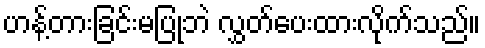
ဟန့်တားခြင်းမပြုဘဲ လွှတ်ပေးထားလိုက်သည်။